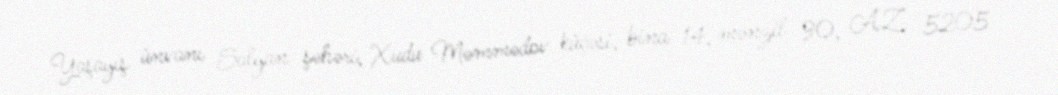
Yaşayış ünvanı Salyan şəhəri, Xudu Məmmədov küçəsi, bina 14, mənzil 90, AZ 5205